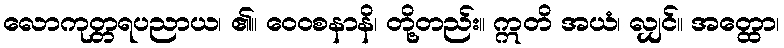
လောကုတ္တရပညာယ၊ ၏။ ဝေဝစနာနိ၊ တို့တည်း။ ဣတိ အယံ၊ လျှင်။ အတ္ထော၊